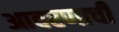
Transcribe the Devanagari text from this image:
आवरणाची